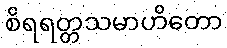
စိရရတ္တသမာဟိတော